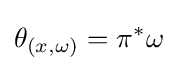
\theta _{(x,\omega )}=\pi ^{*}\omega